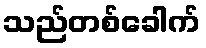
သည်တစ်ခေါက်